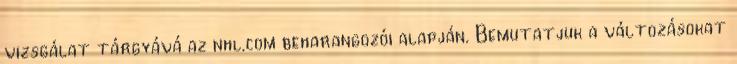
vizsgálat tárgyává az nhl.com beharangozói alapján. Bemutatjuk a változásokat